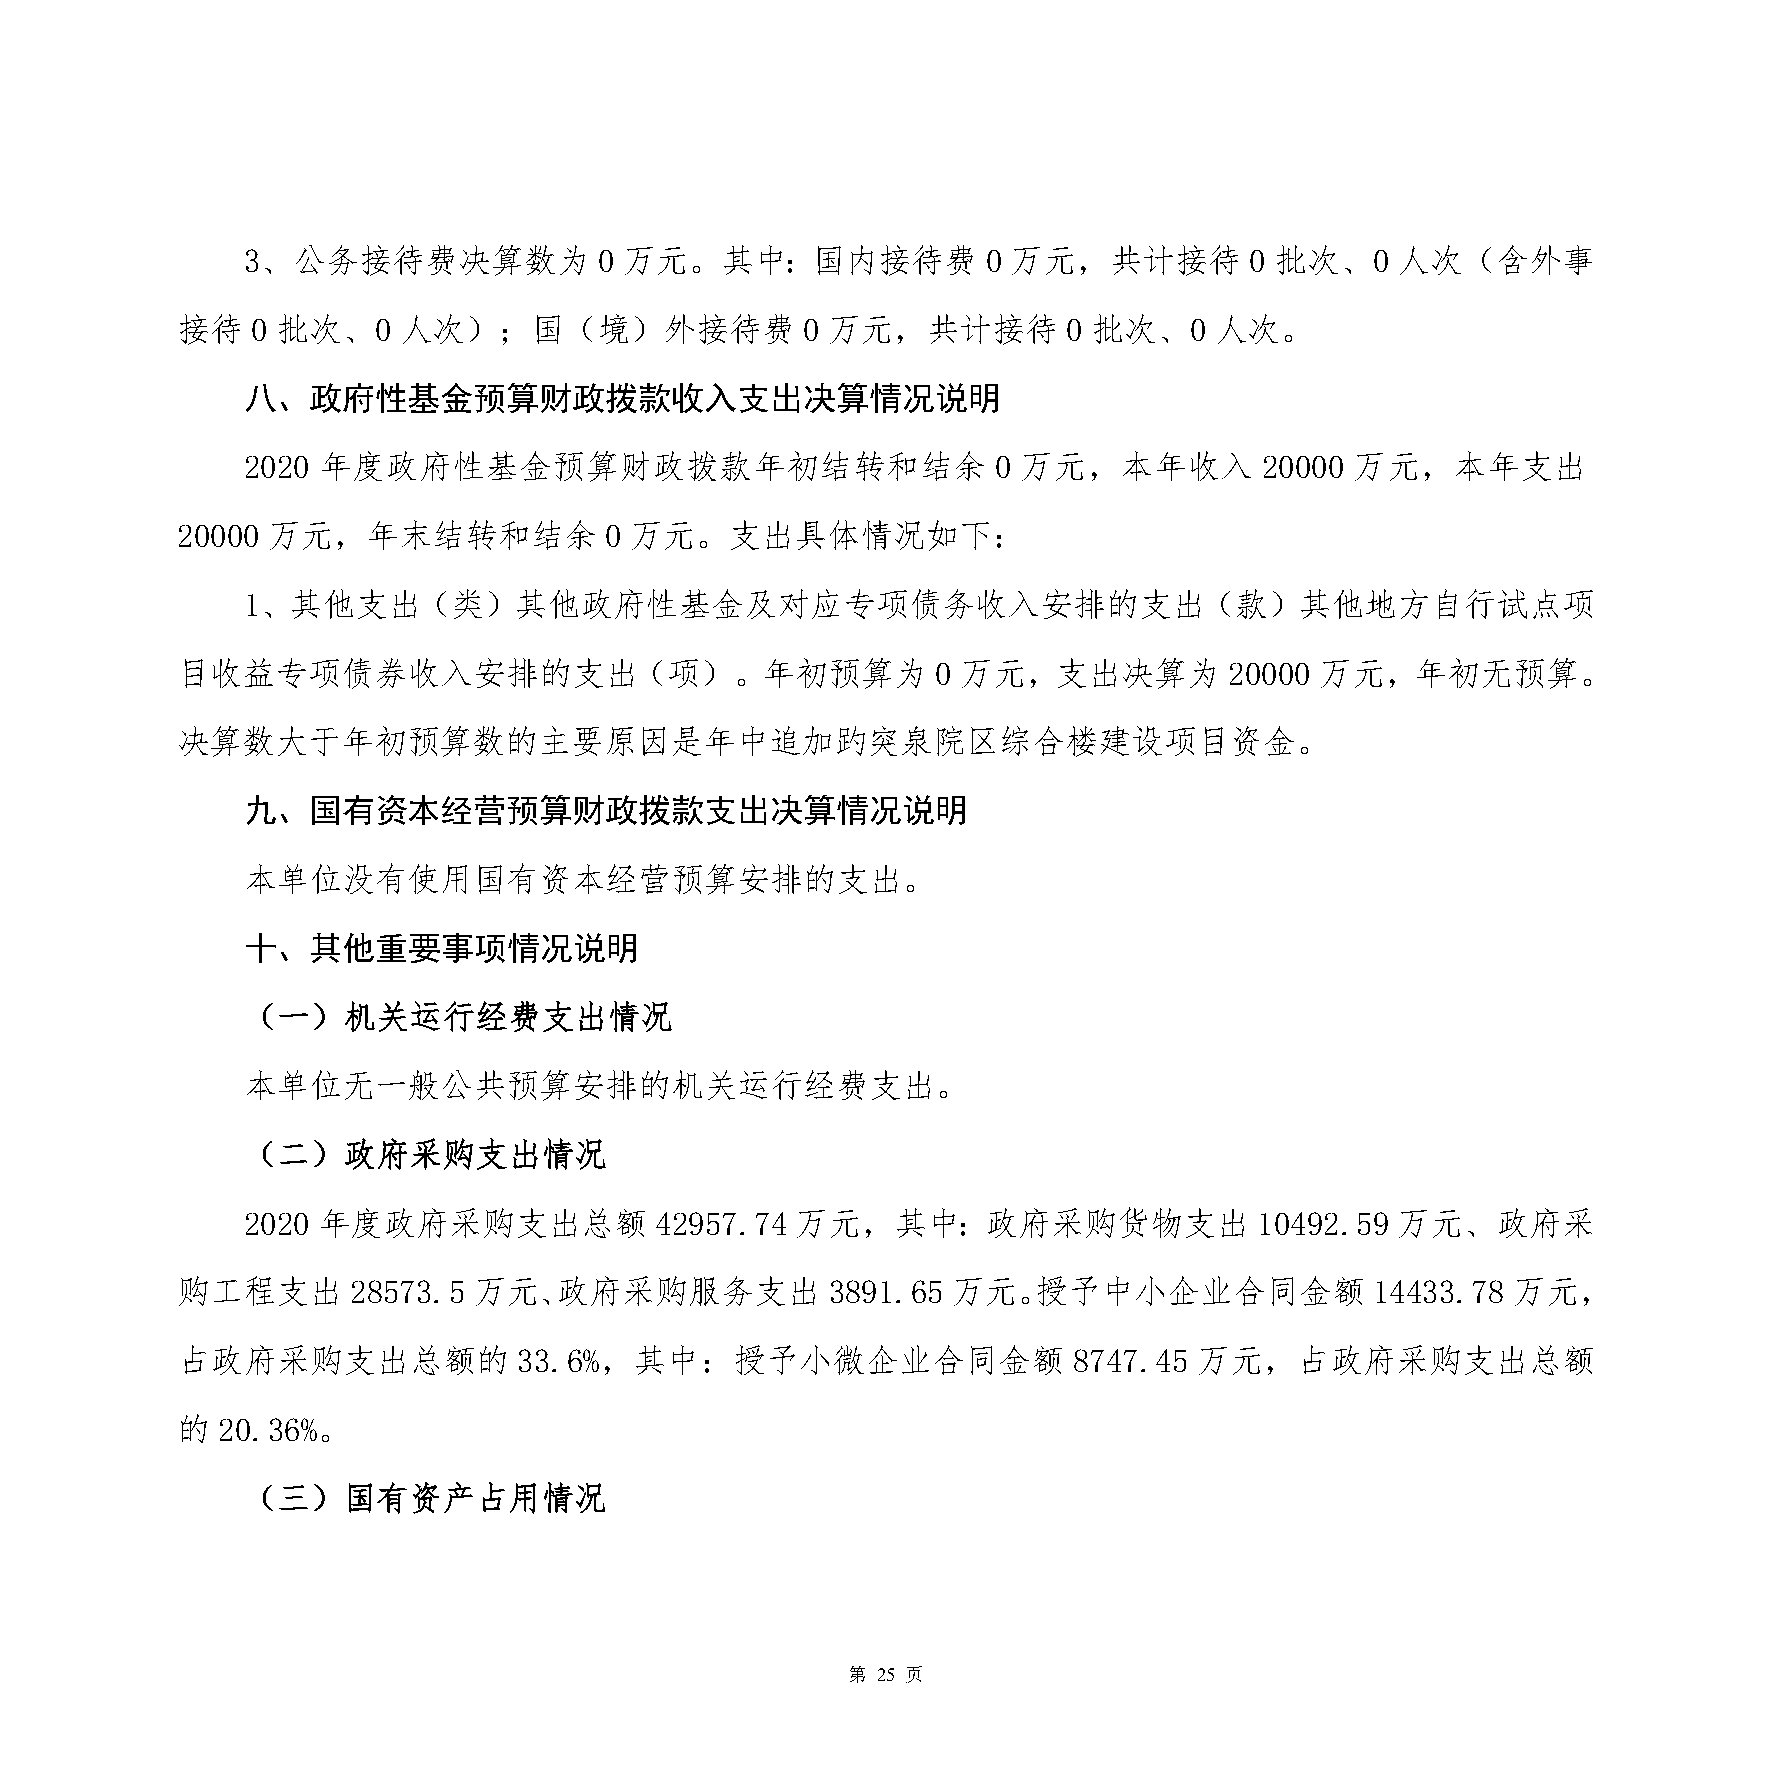
3、公务接待费决算数为             0 万元。其中：国内接待费            0 万元，共计接待         0 批次、0   人次（含外事
 接待   0 批次、0   人次）；国（境）外接待费               0 万元，共计接待         0 批次、0   人次。
 八、政府性基金预算财政拨款收入支出决算情况说明
 2020 年度政府性基金预算财政拨款年初结转和结余                         0 万元，本年收入         20000 万元，本年支出
 20000 万元，年末结转和结余            0 万元。支出具体情况如下：
 1、其他支出（类）其他政府性基金及对应专项债务收入安排的支出（款）其他地方自行试点项
 目收益专项债券收入安排的支出（项）。年初预算为                           0 万元，支出决算为         20000 万元，年初无预算。
 决算数大于年初预算数的主要原因是年中追加趵突泉院区综合楼建设项目资金。
 九、国有资本经营预算财政拨款支出决算情况说明
 本单位没有使用国有资本经营预算安排的支出。
 十、其他重要事项情况说明
 （一）机关运行经费支出情况
 本单位无一般公共预算安排的机关运行经费支出。
 （二）政府采购支出情况
 2020 年度政府采购支出总额            42957.74  万元，其中：政府采购货物支出                10492.59 万元、政府采
 购工程支出      28573.5 万元、政府采购服务支出             3891.65 万元。授予中小企业合同金额               14433.78 万元，
 占政府采购支出总额的            33.6%，其中：授予小微企业合同金额                  8747.45 万元，占政府采购支出总额
 的 20.36%。
 （三）国有资产占用情况
 第 25 页